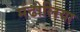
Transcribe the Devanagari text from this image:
मंढोलिया